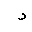
Letter: _ra